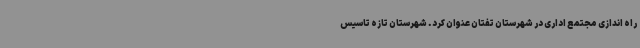
راه اندازی مجتمع اداری در شهرستان تفتان عنوان کرد. شهرستان تازه تاسیس